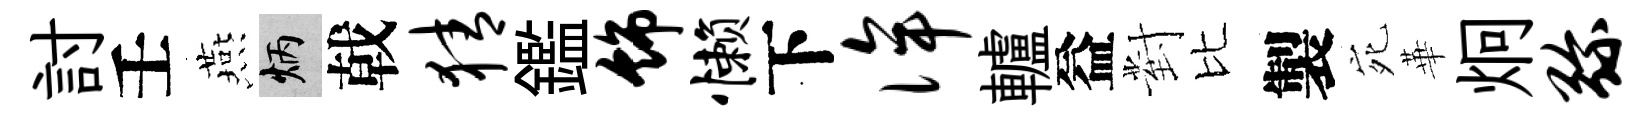
討壬燕炳戟猜鑑饰懒下侔轤益對比製宛華炯弥